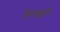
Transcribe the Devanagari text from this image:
थिम्माक्कांचा